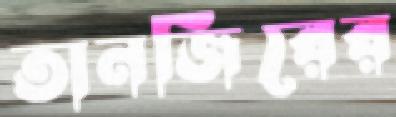
তানজিরের